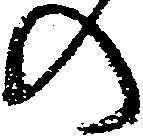
の